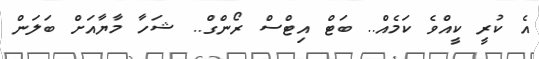
އެ ކުރީ ކީއްވެ ކަމެއް.. ބަޓް އިޓްސް ރޯންގް.. ޝަހާ މާޔާއަށް ބަލަން